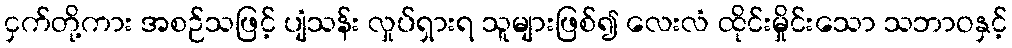
ငှက်တို့ကား အစဉ်သဖြင့် ပျံသန်း လှုပ်ရှားရ သူများဖြစ်၍ လေးလံ ထိုင်းမှိုင်းသော သဘာဝနှင့်